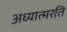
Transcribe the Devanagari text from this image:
अध्यात्मरति